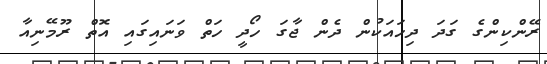
ރޭންކިންގެ ގަދަ ދިހައަކުން ދެން ޖާގަ ހޯދީ ހަތް ވަނައިގައި އޮތް ރޫމޭނިއާ